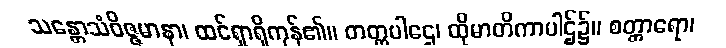
သန္တောသံဝိဇ္ဇမာနာ၊ ထင်ရှာရှိကုန်၏။ တတ္ထပါဌေ၊ ထိုမာတိကာပါဌ်၌။ စတ္တာရော၊